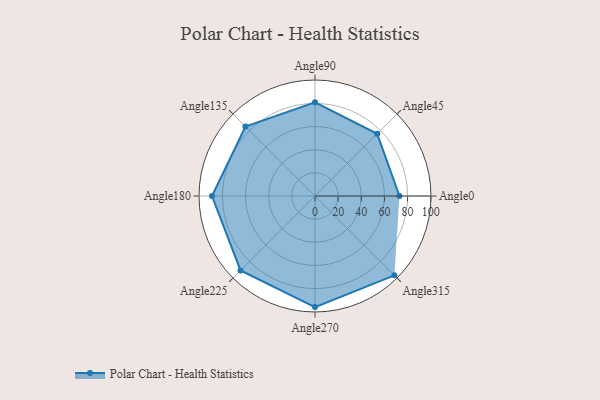
{"axis": {"x": "Angle", "y": "Radius"}, "legend": [""], "data": [{"x": "Angle0", "y": 73.0, "type": ""}, {"x": "Angle45", "y": 76.0, "type": ""}, {"x": "Angle90", "y": 81.0, "type": ""}, {"x": "Angle135", "y": 85.0, "type": ""}, {"x": "Angle180", "y": 89.0, "type": ""}, {"x": "Angle225", "y": 91.0, "type": ""}, {"x": "Angle270", "y": 96.0, "type": ""}, {"x": "Angle315", "y": 97.0, "type": ""}]}